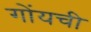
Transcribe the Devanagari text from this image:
गोंयची